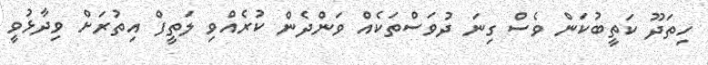
ހިތަދޫ ކަތީބުކަން ވެސް ގިނަ ދުވަސްތަކެއް ވަންދެން ކުރެއްވި ލަތީފް އިތުރަށް ވިދާޅުވީ